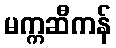
မက္ကဆီကန်